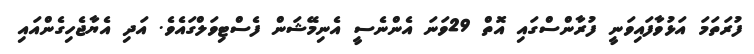
ފުރަތަމަ އަޅުވާފައިވަނީ ފުރާންސްގައި އޮތް 29ވަނަ އެންނެސީ އެނިމޭޝަން ފެސްޓިވަލްގައެވެ. އަދި އެޔާޖެހިގެންއައި